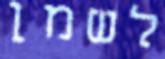
לשמן